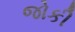
જોકી